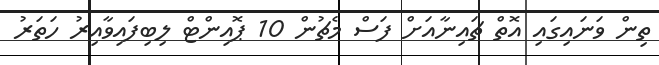
ތިން ވަނައިގައި އޮތް ޗައިނާއަށް ފަސް މެޗުން 10 ޕޮއިންޓް ލިބިފައިވާއިރު ހަތަރު